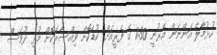
ހުޅުމާލެ އަންނަން އެރުނީ 1:30 ގެ ފެރީއަށް. ކުޑަކޮށް ވިއްސާރަކޮށް މުޅި ދުވަސް